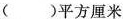
( ) 平 方 厘 米$$